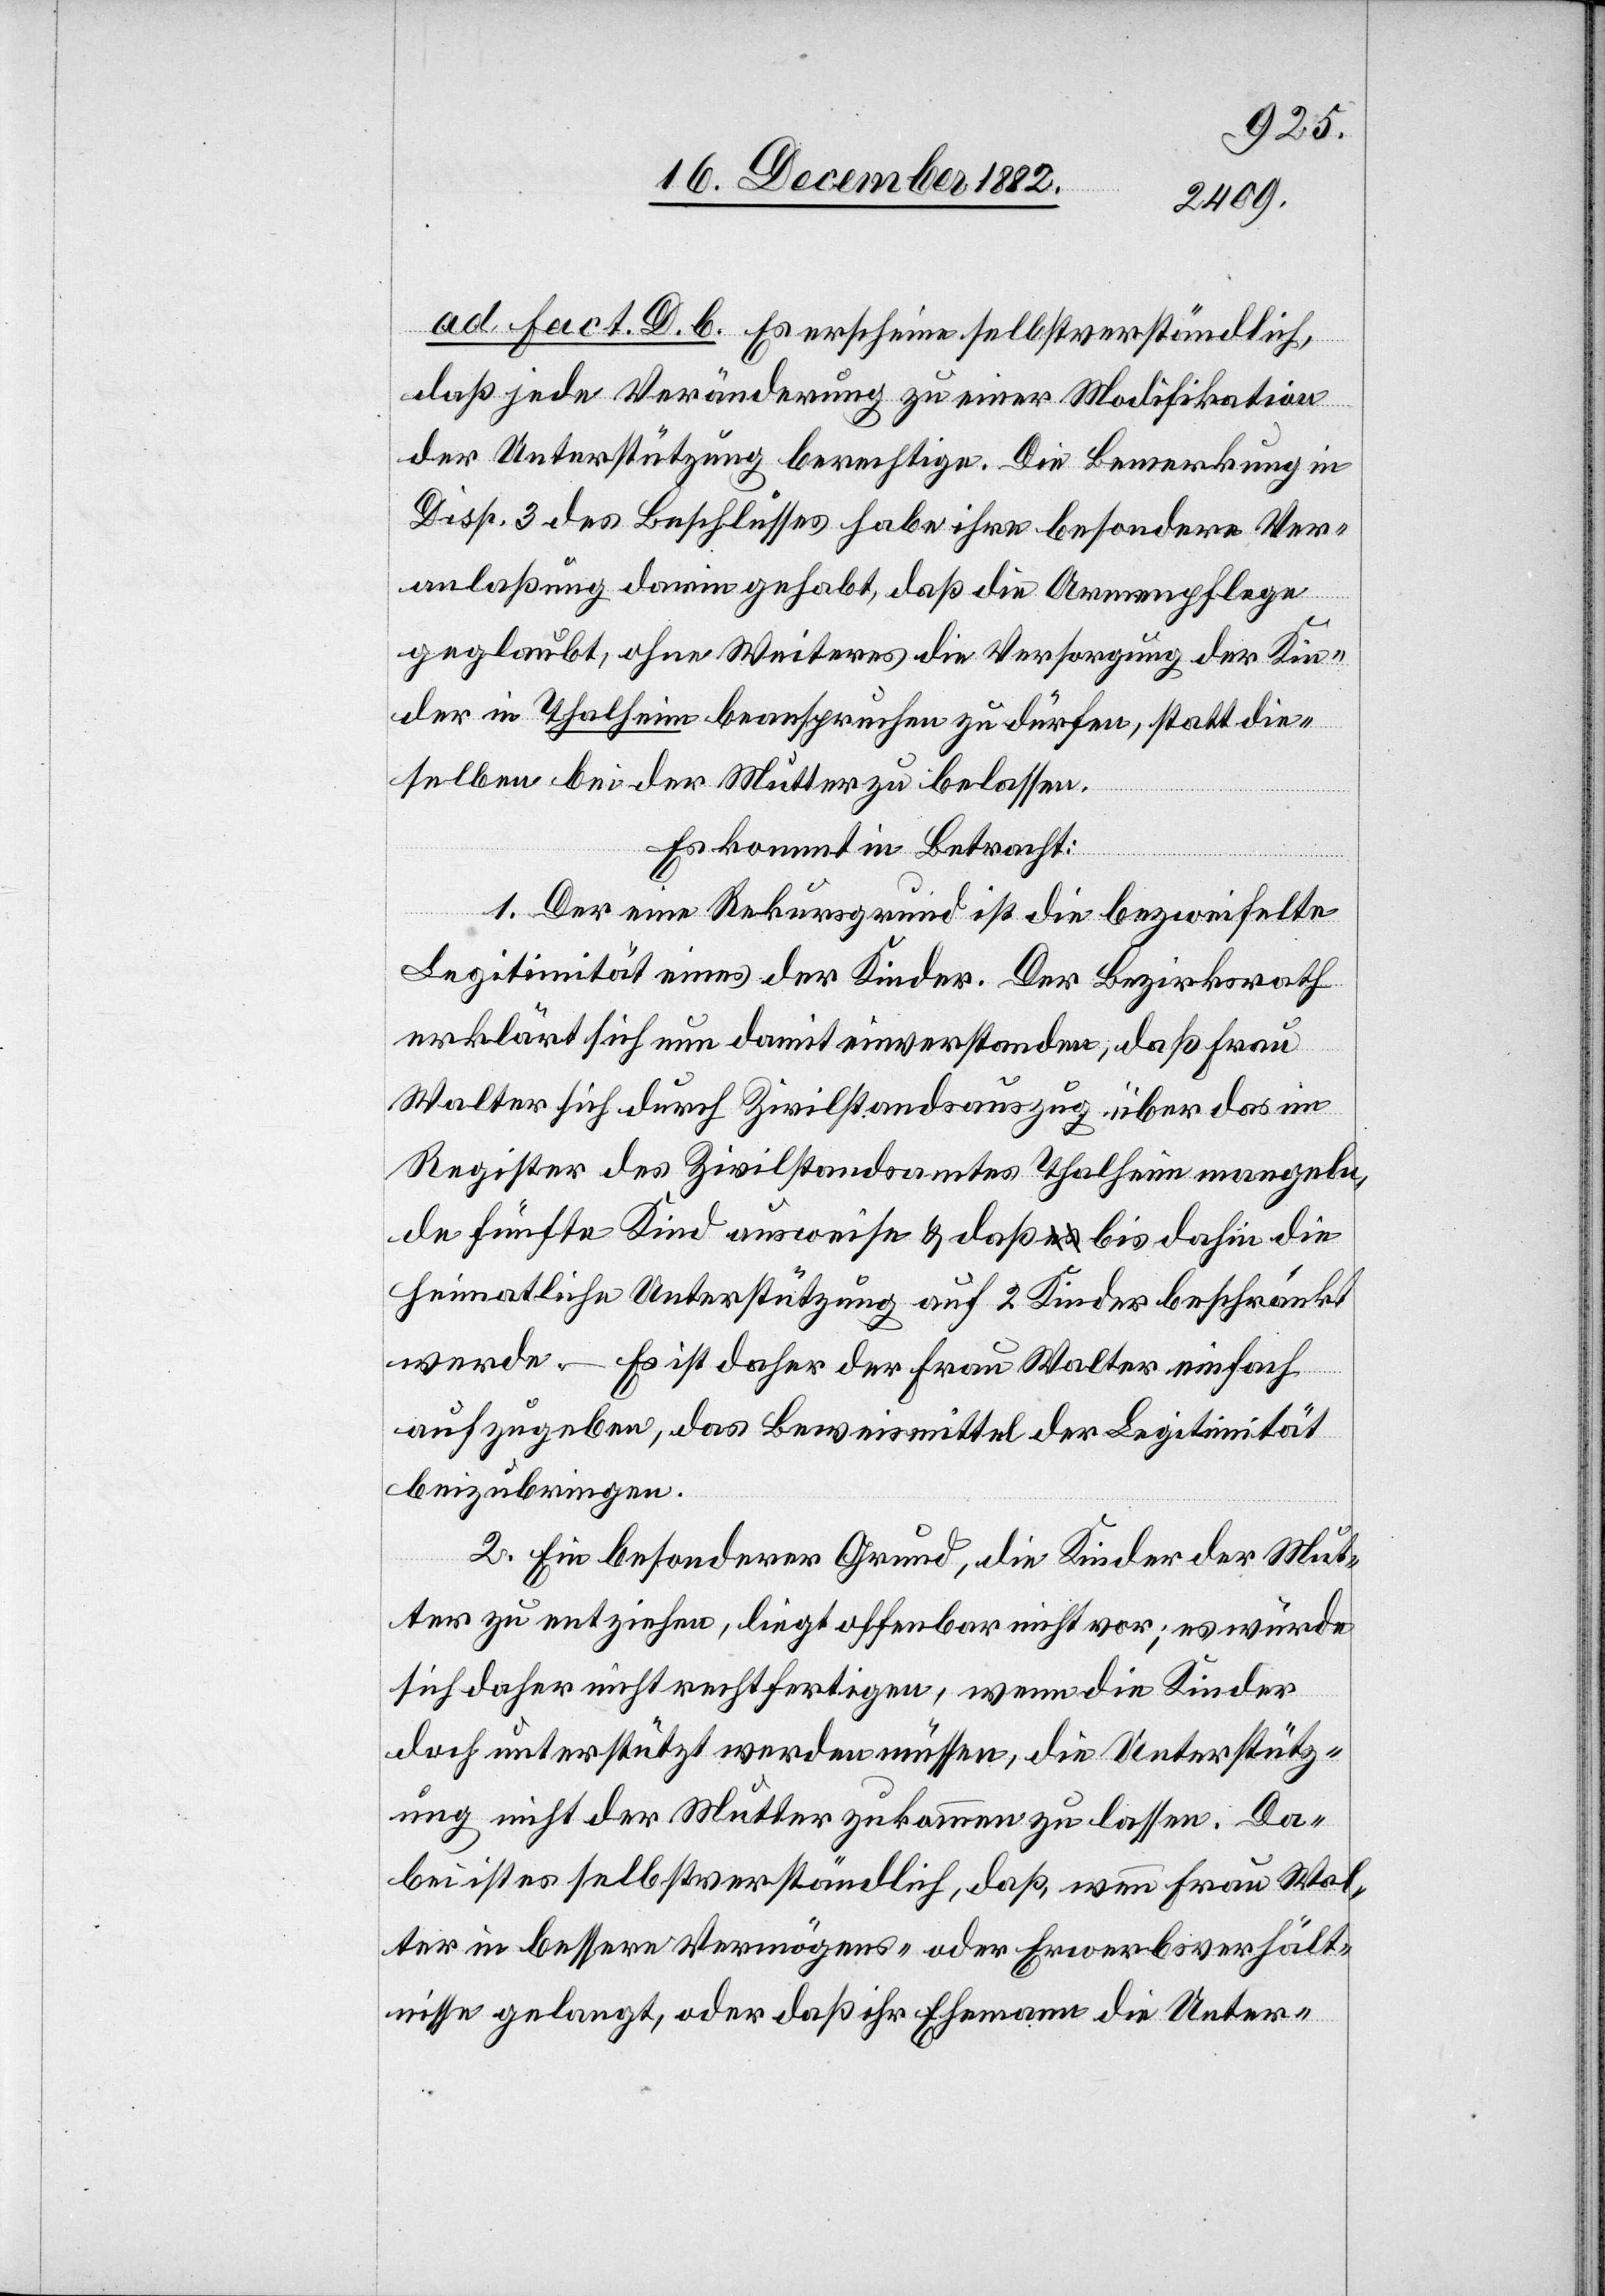
ad fact. D. b. Es erschiene selbstverständlich,
daß jede Veränderung zu einer Modifikation
der Unterstützung berechtige. Die Bemerkung in
Disp. 3 des Beschlusses habe ihre besondere Ver¬
anlaßung darin gehabt, daß die Armenpflege
geglaubt [hat], ohne Weiteres die Versorgung der Kin¬
dern in Thalheim beanspruchen zu dürfen, statt die¬
selben bei der Mutter zu belassen.
Es kommt in Betracht:
1. Der eine Rekursgrund ist die bezweifelte
Legitimität eines der Kinder. Der Bezirksrath
erklärt sich nun damit einverstanden, daß Frau
Walter sich durch Zivilstandsauszug über das im
Register des Zivilstandsamtes Thalheim mangeln¬
de fünfte Kind ausweise & daß bis dahin die
heimatliche Unterstützung auf 2 Kinder beschränkt
werde. – Es ist daher der Frau Walter einfach
aufzugeben, das Beweismittel der Legitimität
beizubringen.
2. Ein besonderer Grund, die Kinder der Mut¬
ter zu entziehen, liegt offenbar nicht vor; es würde
sich daher nicht rechtfertigen, wenn die Kinder
doch unterstützt werden müssen, die Unterstütz¬
ung nicht der Mutter zukommen zu lassen. Da¬
bei ist es selbstverständlich, daß, wenn Frau Wal¬
ter in bessere Vermögens- oder Erwerbsverhält¬
nisse gelangt, oder daß ihr Ehemann die Unter-